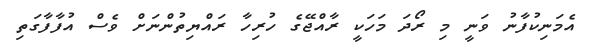
އެމަނިކުފާނު ވަނީ މި ރޯދަ މަހަކީ ރާއްޖޭގެ ހުރިހާ ރައްޔިތުންނަށް ވެސް އުފާފާގަތި